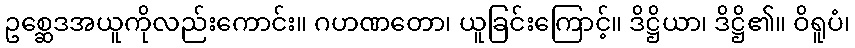
ဥစ္ဆေဒအယူကိုလည်းကောင်း။ ဂဟဏတော၊ ယူခြင်းကြောင့်။ ဒိဋ္ဌိယာ၊ ဒိဋ္ဌိ၏။ ဝိရူပံ၊